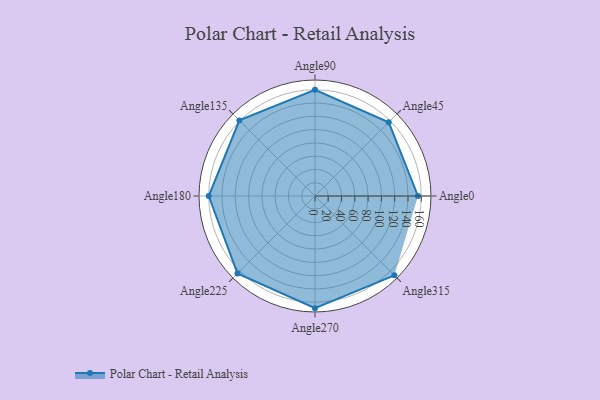
{"axis": {"x": "Angle", "y": "Radius"}, "legend": [""], "data": [{"x": "Angle0", "y": 155.0, "type": ""}, {"x": "Angle45", "y": 157.0, "type": ""}, {"x": "Angle90", "y": 160.0, "type": ""}, {"x": "Angle135", "y": 161.0, "type": ""}, {"x": "Angle180", "y": 160.0, "type": ""}, {"x": "Angle225", "y": 165.0, "type": ""}, {"x": "Angle270", "y": 169.0, "type": ""}, {"x": "Angle315", "y": 169.0, "type": ""}]}